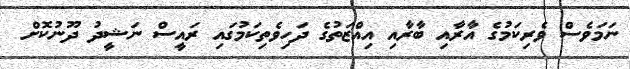
ނަމަވެސް ވެރިކަމުގެ އާރާއި ބާރާއި އިއްޒަތުގެ ދަހިވެތިކަމުގައި ރައީސް ނަޝީދު ދޫނުކޮށް